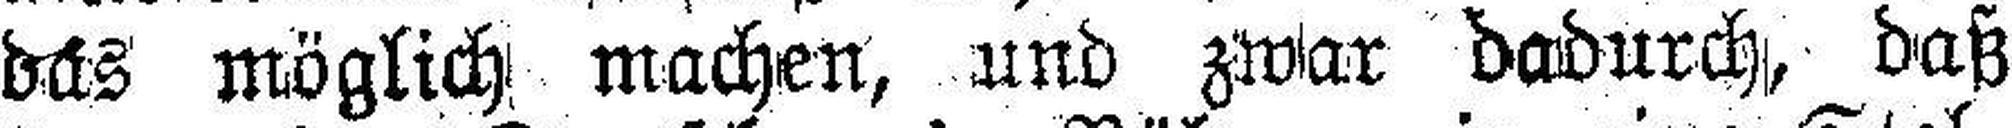
das möglich machen, und zwar dadurch, daß